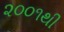
૨૦૦૧થી